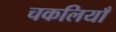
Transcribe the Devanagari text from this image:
चकलियाँ